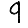
Digit: 9